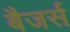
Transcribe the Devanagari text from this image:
बैजर्स